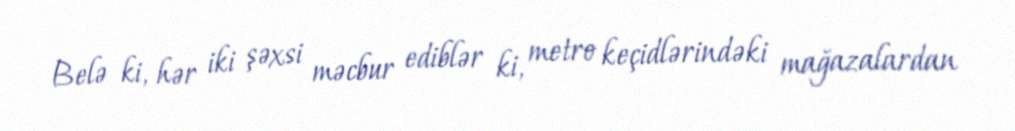
Belə ki, hər iki şəxsi məcbur ediblər ki, metro keçidlərindəki mağazalardan